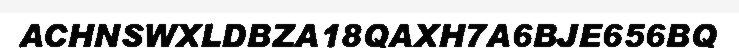
ACHNSWXLDBZA18QAXH7A6BJE656BQ